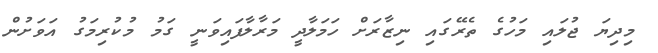
މިދިޔަ ޖުލައި މަހުގެ ތެރޭގައި ނިޒާރަށް ހަމަލާދީ މަރާލާފައިވަނީ ގަމު މުކުރިމަގު އަވަށުން